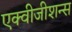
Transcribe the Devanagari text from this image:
एक्वीजीशन्स